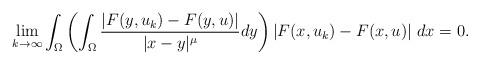
LaTeX: \begin{align*}\lim_{k \to \infty} \int_{\Omega} \left(\int_{\Omega}\frac{|F(y,u_k)-F(y,u)|}{|x-y|^{\mu}} dy \right) |F(x,u_k)-F(x,u)| ~dx =0.\end{align*}